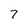
Character: 7